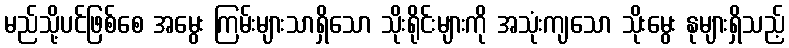
မည်သို့ပင်ဖြစ်စေ အမွေး ကြမ်းများသာရှိသော သိုးရိုင်းများကို အသုံးကျသော သိုးမွေး နုများရှိသည့်